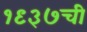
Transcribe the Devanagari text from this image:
१९३७ची